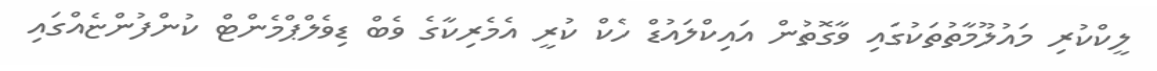
ލީކްކުރި މައުލޫމާތުތަކުގައި ވާގޮތުން އައިކްލައުޑް ހެކް ކުރީ އެމެރިކާގެ ވެބް ޑިވެލްޕްމެންޓް ކުންފުންޏެއްގައި